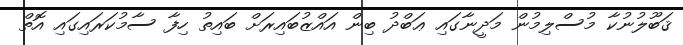
ޤަބޫލުނުކާ މުސްލިމުން މަދީނާގައި ޢަބްދު ބިން އައްޒުބައިރަށް ބައިތު ހިފާ ސާމުކަރައިގައި އޮތް